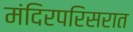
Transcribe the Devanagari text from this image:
मंदिरपरिसरात